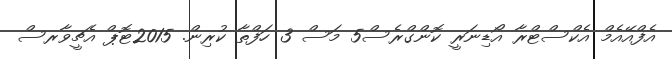
އެފްއޭއެމް އެކްސްޓްރާ އޯޑިނަރީ ކޮންގްރެސް5 މަސް 3 ހަފްތާ ކުރިން. 2015ޓޮޕް އެޗީވާރސް